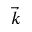
\vec { k }